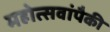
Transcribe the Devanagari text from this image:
महोत्सवांपैकी